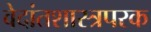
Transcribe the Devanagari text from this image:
वेदांतशास्त्रपरक